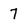
Character: 7